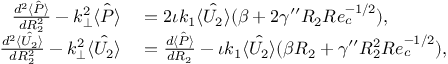
\begin{array} { r l } { \frac { d ^ { 2 } \hat { \langle P \rangle } } { d R _ { 2 } ^ { 2 } } - k _ { \perp } ^ { 2 } \hat { \langle P \rangle } } & { { } = 2 \iota k _ { 1 } \hat { \langle U _ { 2 } \rangle } ( \beta + 2 \gamma ^ { \prime \prime } R _ { 2 } R e _ { c } ^ { - 1 / 2 } ) , } \\ { \frac { d ^ { 2 } \hat { \langle U _ { 2 } \rangle } } { d R _ { 2 } ^ { 2 } } - k _ { \perp } ^ { 2 } \hat { \langle U _ { 2 } \rangle } } & { { } = \frac { d \hat { \langle P \rangle } } { d R _ { 2 } } - \iota k _ { 1 } \hat { \langle U _ { 2 } \rangle } ( \beta R _ { 2 } + \gamma ^ { \prime \prime } R _ { 2 } ^ { 2 } R e _ { c } ^ { - 1 / 2 } ) , } \end{array}